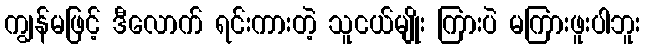
ကျွန်မဖြင့် ဒီလောက် ရင်းကားတဲ့ သူငယ်မျိုး ကြားပဲ မကြားဖူးပါဘူး